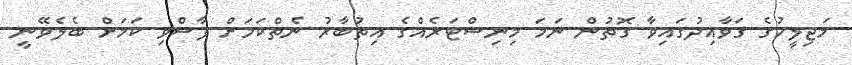
މަޖިލީހުގެ ގަވާއިދުގައިވާ ގޮތުން ނަމަ މިނިސްޓަރެއްގެ އިތުބާރު ނެތްކަމަށް ފާސްވި ކަމަށް ބެލެވޭނީ